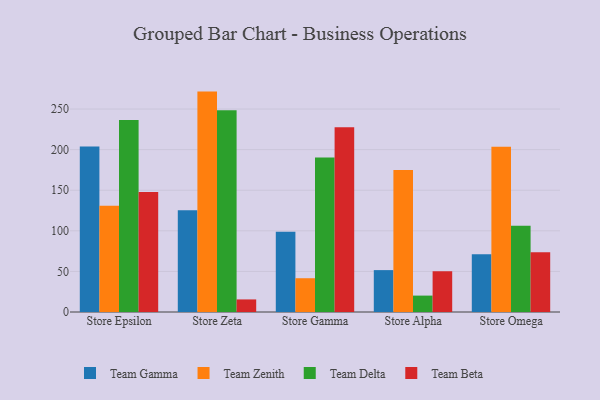
{"axis": {"x": "Store", "y": "Bounce Rate (%)"}, "legend": ["Team Beta", "Team Delta", "Team Gamma", "Team Zenith"], "data": [{"x": "Store Epsilon", "y": 203.8, "type": "Team Gamma"}, {"x": "Store Epsilon", "y": 130.9, "type": "Team Zenith"}, {"x": "Store Epsilon", "y": 236.6, "type": "Team Delta"}, {"x": "Store Epsilon", "y": 147.9, "type": "Team Beta"}, {"x": "Store Zeta", "y": 125.2, "type": "Team Gamma"}, {"x": "Store Zeta", "y": 271.5, "type": "Team Zenith"}, {"x": "Store Zeta", "y": 248.6, "type": "Team Delta"}, {"x": "Store Zeta", "y": 15.5, "type": "Team Beta"}, {"x": "Store Gamma", "y": 98.9, "type": "Team Gamma"}, {"x": "Store Gamma", "y": 41.6, "type": "Team Zenith"}, {"x": "Store Gamma", "y": 190.2, "type": "Team Delta"}, {"x": "Store Gamma", "y": 227.7, "type": "Team Beta"}, {"x": "Store Alpha", "y": 51.6, "type": "Team Gamma"}, {"x": "Store Alpha", "y": 174.9, "type": "Team Zenith"}, {"x": "Store Alpha", "y": 20.2, "type": "Team Delta"}, {"x": "Store Alpha", "y": 50.2, "type": "Team Beta"}, {"x": "Store Omega", "y": 71.0, "type": "Team Gamma"}, {"x": "Store Omega", "y": 203.7, "type": "Team Zenith"}, {"x": "Store Omega", "y": 106.1, "type": "Team Delta"}, {"x": "Store Omega", "y": 73.6, "type": "Team Beta"}]}